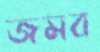
জমব